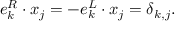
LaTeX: e _ { k } ^ { R } \cdot x _ { j } = - e _ { k } ^ { L } \cdot x _ { j } = \delta _ { k , j } .